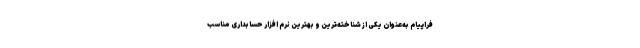
فراپیام به‌عنوان یکی از شناخته‌ترین و بهترین نرم افزار حسابداری مناسب